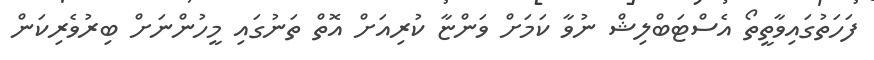
ފަހަތުގައިވާތީތޯ އެސްޓަބްލިޝް ނުވާ ކަމަށް ވަންޏާ ކުރިއަށް އޮތް ތަނުގައި މީހުންނަށް ބިރުވެރިކަން